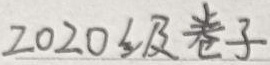
2020 级卷子